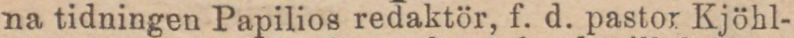
na tidningen Papilios redaktör, f. d. pastor Kjöhl-